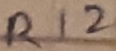
Text: R12